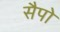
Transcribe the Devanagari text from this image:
सैपो